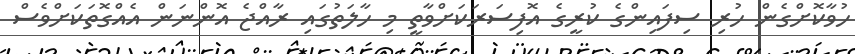
ހުވާކޮށްގެން ހުރި ސިފައިންގެ ކުރީގެ އޮފިސަރަކަށްވާތީ މި ހާލަތުގައި ރާއްޖެ އޮންނަން އެއްގޮތަކަށްވެސް